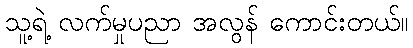
သူ့ရဲ့ လက်မှုပညာ အလွန် ကောင်းတယ်။